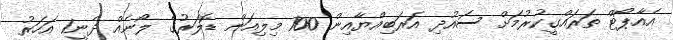
އެއާޕޯޓް ތަރައްގީކުރުމަށް ސައުދި އަރަބިއްޔާއިން 100 މިލިއަން ޑޮލަރުގެ ލޯނެއް ދެނީ1 އަހަރު